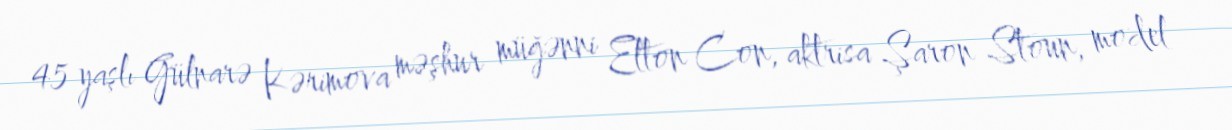
45 yaşlı Gülnarə Kərimova məşhur müğənni Elton Con, aktrisa Şaron Stoun, model